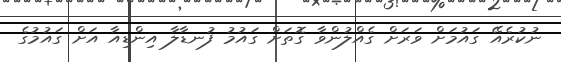
ނުކުރެއޭ ގައުމަށް ވަރަށް ގެއްލުންވާ ގޮތަށް ގައުމު ފުނޑާލާ އިންޑިއާ އަށް ގައުމުގެ